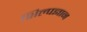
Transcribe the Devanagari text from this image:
शिल्पज्ञान